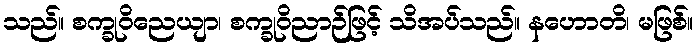
သည်။ စက္ခုဝိညေယျာ၊ စက္ခုဝိညာဉ်ဖြင့် သိအပ်သည်။ နဟောတိ၊ မဖြစ်။